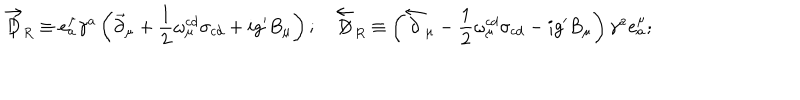
LaTeX: \overrightarrow { \not \! \! D } _ { R } \equiv e _ { a } ^ { \mu } \gamma ^ { a } \left( \vec { \partial } _ { \mu } + \frac { 1 } { 2 } \omega _ { \mu } ^ { c d } \sigma _ { c d } + i g ^ { \prime } B _ { \mu } \right) ; \quad \overleftarrow { \not \! \! D } _ { R } \equiv \left( \overleftarrow { \partial } _ { \mu } - \frac { 1 } { 2 } \omega _ { \mu } ^ { c d } \sigma _ { c d } - i g ^ { \prime } B _ { \mu } \right) \gamma ^ { a } e _ { a } ^ { \mu } ;